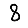
Digit: 8